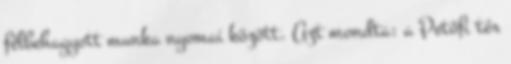
félbehagyott munka nyomai között. Azt mondta: a Petőfi tér